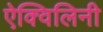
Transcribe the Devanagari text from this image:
ऐक्विलिनी